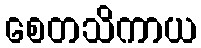
စေတသိကာယ